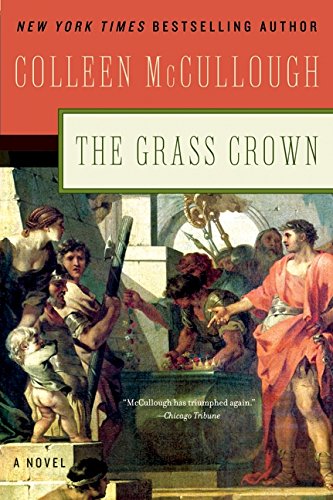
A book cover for Grass Crown (Masters of Rome); Colleen McCullough; Literature & Fiction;